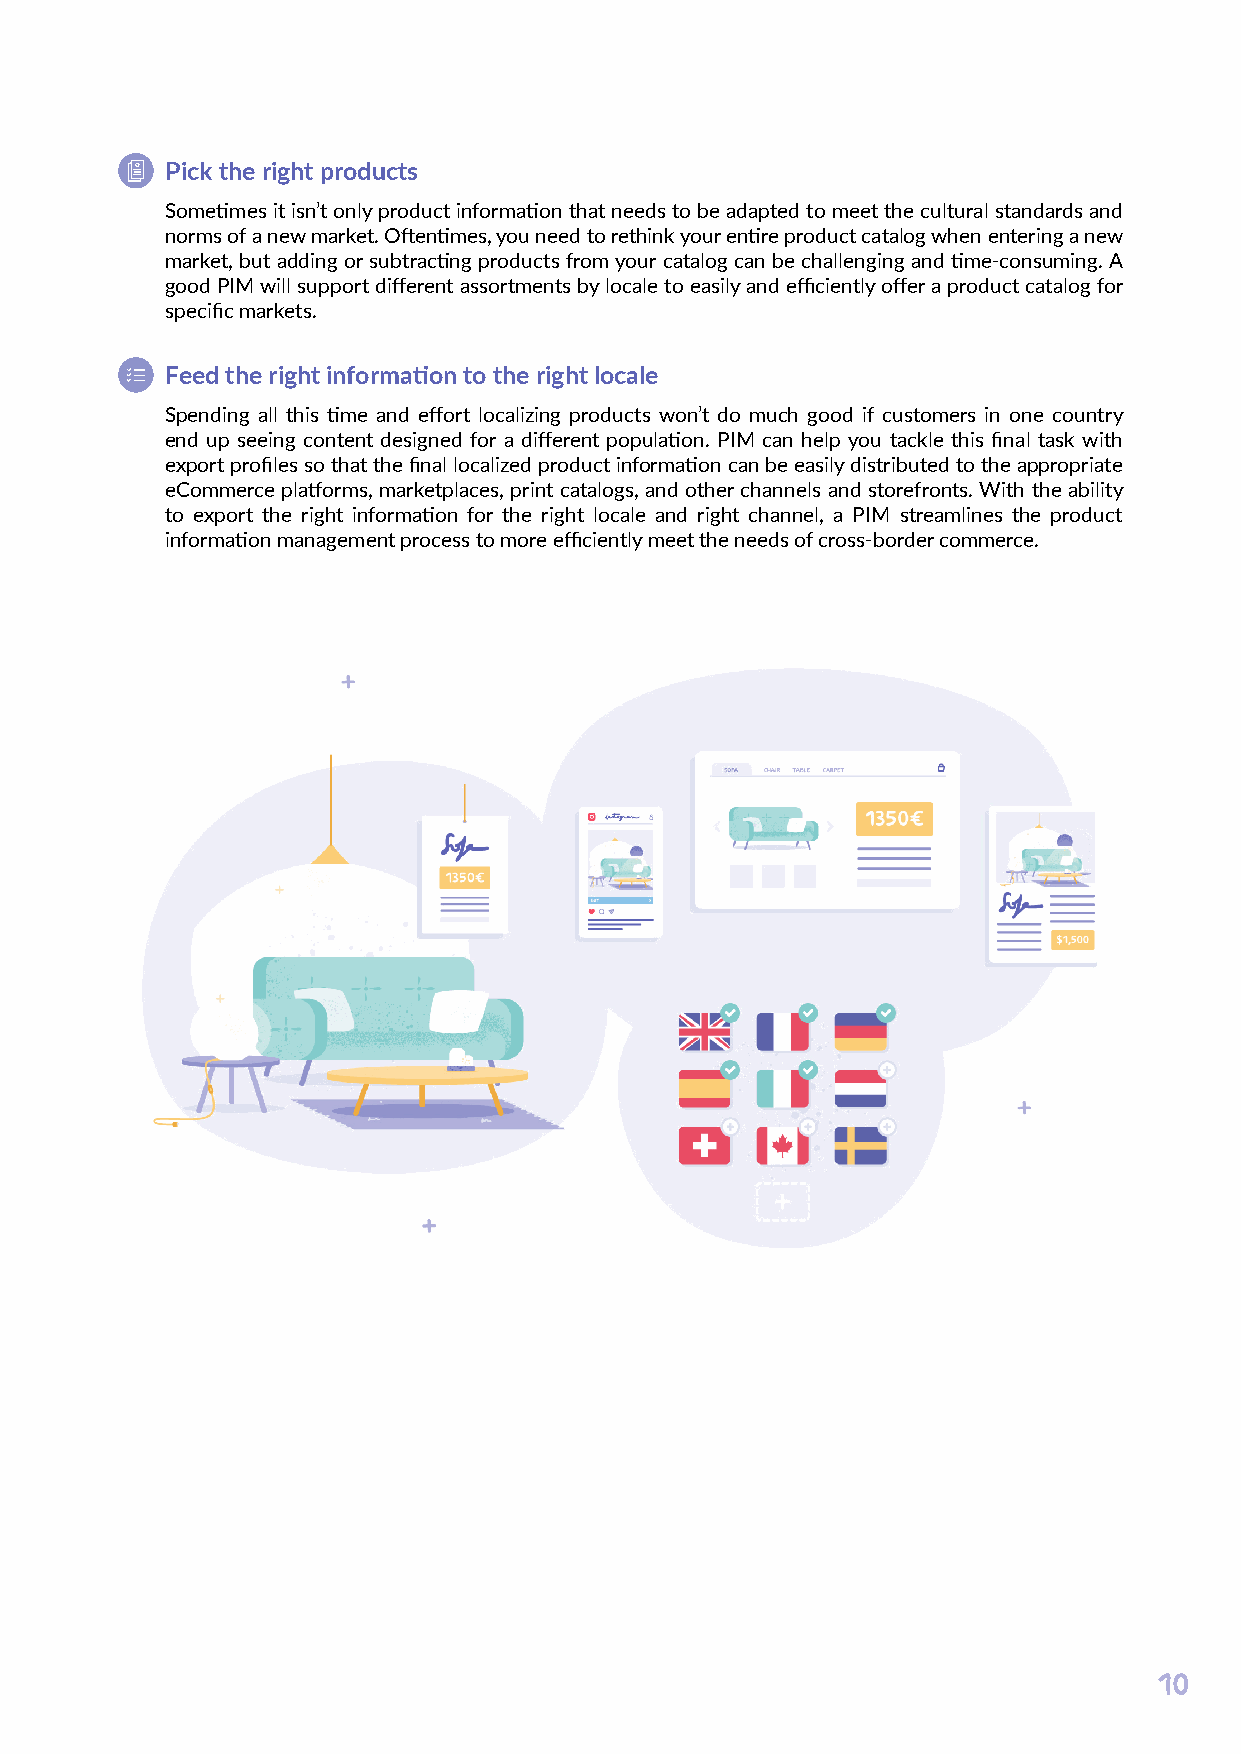
Pick the right products
 Sometimes it isn’t only product information that needs to be adapted to meet the cultural standards and
 norms of a new market. Oftentimes, you need to rethink your entire product catalog when entering a new
 market, but adding or subtracting products from your catalog can be challenging and time-consuming. A
 good PIM will support different assortments by locale to easily and efficiently offer a product catalog for
 specific markets.
 Feed the right information to the right locale
 Spending all this time and effort localizing products won’t do much good if customers in one country
 end up seeing content designed for a different population. PIM can help you tackle this final task with
 export profiles so that the final localized product information can be easily distributed to the appropriate
 eCommerce platforms, marketplaces, print catalogs, and other channels and storefronts. With the ability
 to export the right information for the right locale and right channel, a PIM streamlines the product
 information management process to more efficiently meet the needs of cross-border commerce.
 10